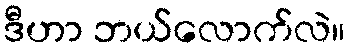
ဒီဟာ ဘယ်လောက်လဲ။